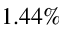
1 . 4 4 \%